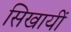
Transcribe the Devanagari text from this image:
सिखायीं